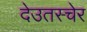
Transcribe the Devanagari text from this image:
देउतस्चेर